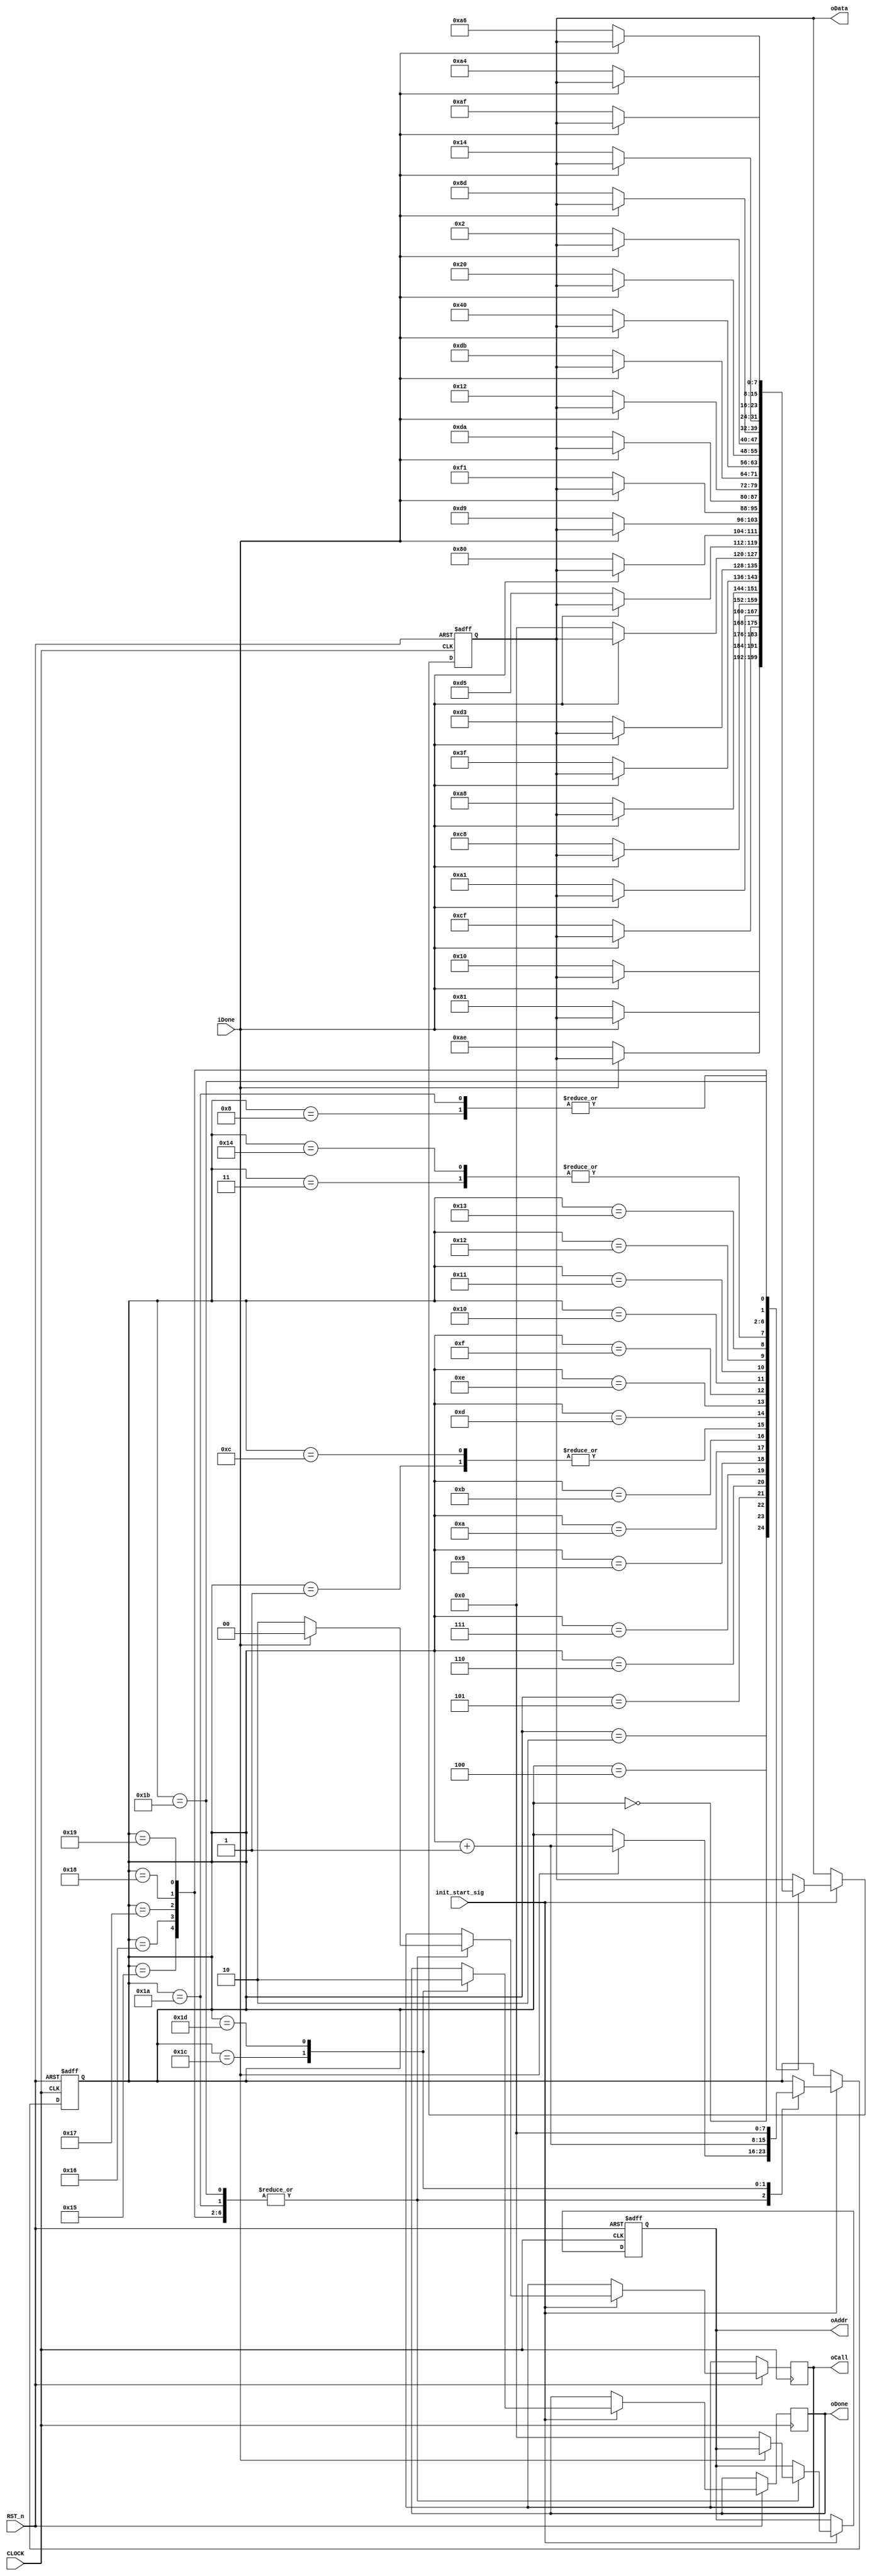
/*--------------------------------------------------------------*\
	Filename	:	initial_control_module.v
	Author		:	Cwang
	Description	:	
	Revision History	:	2017-10-116
							Revision 1.0
	Email		:	wangcp@hitrobotgroup.com
	Company		:	Micro nano institute
	Copyright(c) 2017,Micro nano institute,All right resered
\*---------------------------------------------------------------*/
module initial_control(
    input CLOCK, RST_n,	 
	 input init_start_sig,
	 output oDone,
	 output [1:0]oCall,
	 input iDone,
	 output [7:0]oAddr, oData
);	 

parameter     WR_CMD   = 8'b0000_0000;        //write_command
parameter     DATA_CMD = 8'b0100_0000;      //write_data



																																										    	
	 reg [7:0]D1,D2;
	 reg [7:0] i;
	 reg  [1:0] isCall;
	 reg isDone;
	 always @ ( posedge CLOCK or negedge RST_n )
	    if( !RST_n )
		      begin
				    D1 <= 8'd0;
					 D2 <= 8'd0;
					 i <= 8'd0;
					 //isData1 <= iData1;
					//isData2 <= iData2;
					//isData3 <= iData3;
					//isData4 <= iData4;
				end
		else if( init_start_sig )
		    case( i )
//# ========================================================================= #
//# |                                    							| #
//****************************************************************************//
				0  :
					if( iDone ) begin isCall <= 2'b00; i <= i + 1'b1; end
					else begin isCall <= 2'b10; D1 = WR_CMD;  D2 <= 8'hAE;end////	
				1  :
					if( iDone ) begin isCall <= 2'b00; i <= i + 1'b1; end
					else begin isCall <= 2'b10; D1 = WR_CMD;  D2 <= 8'h00;end//---set low column address
				2  :
					if( iDone ) begin isCall <= 2'b00; i <= i + 1'b1; end
					else begin isCall <= 2'b10; D1 = WR_CMD;  D2 <= 8'h10;end//---set high column address
				3  :
					if( iDone ) begin isCall <= 2'b00; i <= i + 1'b1; end
					else begin isCall <= 2'b10; D1 = WR_CMD;  D2 <= 8'h40;end//*set display start line*/						
				4 :
					if( iDone ) begin isCall <= 2'b00; i <= i + 1'b1; end
					else begin isCall <= 2'b10; D1 = WR_CMD;  D2 <= 8'h81;end///
				5 :
					if( iDone ) begin isCall <= 2'b00; i <= i + 1'b1; end
					else begin isCall <= 2'b10; D1 = WR_CMD;  D2 <= 8'hCF;end///
				6 :
					if( iDone ) begin isCall <= 2'b00; i <= i + 1'b1; end
					else begin isCall <= 2'b10; D1 = WR_CMD;  D2 <= 8'hA1;end///*set segment remap*/
				7 :
					if( iDone ) begin isCall <= 2'b00; i <= i + 1'b1; end//
					else begin isCall <= 2'b10; D1 = WR_CMD;  D2 <= 8'hC8;end//*set page address*/						
				8 :
					if( iDone ) begin isCall <= 2'b00; i <= i + 1'b1; end
					else begin isCall <= 2'b10;D1 = WR_CMD;  D2 <= 8'hA6; end///*normal / reverse*/
				9 :
					if( iDone ) begin isCall <= 2'b00; i <= i + 1'b1; end
					else begin isCall <= 2'b10; D1 = WR_CMD;  D2 <= 8'hA8;end///*multiplex ratio*/
				10  :
					if( iDone ) begin isCall <= 2'b00; i <= i + 1'b1;end
					else begin isCall <= 2'b10;D1 = WR_CMD;  D2 <= 8'h3f;  end///*duty = 1/32*/
				11  :
					if( iDone ) begin isCall <= 2'b00; i <= i + 1'b1; end
					else begin isCall <= 2'b10;D1 = WR_CMD;  D2 <= 8'hD3; end///*set display offset*/
				12  :
					if( iDone ) begin isCall <= 2'b00; i <= i + 1'b1; end
					else begin isCall <= 2'b10; D1 = WR_CMD;  D2 <= 8'h00;end//
				13  :
					if( iDone ) begin isCall <= 2'b00; i <= i + 1'b1; end
					else begin isCall <= 2'b10; D1 = WR_CMD;  D2 <= 8'hD5;end///*set osc division*/
				14  :
					if( iDone ) begin isCall <= 2'b00; i <= i + 1'b1; end
					else begin isCall <= 2'b10; D1 = WR_CMD;  D2 <= 8'h80;end//
				15  :
					if( iDone ) begin isCall <= 2'b00; i <= i + 1'b1; end
					else begin isCall <= 2'b10; D1 = WR_CMD;  D2 <= 8'hD9;end///*set pre-charge period*/
				16  :
					if( iDone ) begin isCall <= 2'b00; i <= i + 1'b1;end
					else begin isCall <= 2'b10; D1 = WR_CMD;  D2 <= 8'hf1; end//
				17  :
					if( iDone ) begin isCall <= 2'b00; i <= i + 1'b1; end
					else begin isCall <= 2'b10; D1 = WR_CMD;  D2 <= 8'hDA;end///*set COM pins*/
				18  :
					if( iDone ) begin isCall <= 2'b00; i <= i + 1'b1; end
					else begin isCall <= 2'b10; D1 = WR_CMD;  D2 <= 8'h12;end//
				19  :
					if( iDone ) begin isCall <= 2'b00; i <= i + 1'b1; end
					else begin isCall <= 2'b10; D1 = WR_CMD;  D2 <= 8'hdb;end///*set vcomh*/
				20  :
					if( iDone ) begin isCall <= 2'b00; i <= i + 1'b1; end
					else begin isCall <= 2'b10; D1 = WR_CMD;  D2 <= 8'h40;end//
				21  :
					if( iDone ) begin isCall <= 2'b00; i <= i + 1'b1; end
					else begin isCall <= 2'b10; D1 = WR_CMD;  D2 <= 8'h20;end///*set charge pump enable*/
				22  :
					if( iDone ) begin isCall <= 2'b00; i <= i + 1'b1;end
					else begin isCall <= 2'b10; D1 = WR_CMD;  D2 <= 8'h02; end//8d 14 a4 a6		
				23  :
					if( iDone ) begin isCall <= 2'b00; i <= i + 1'b1; end//
					else begin isCall <= 2'b10; D1 = WR_CMD;  D2 <= 8'h8d;end///*Com scan direction*/
				24  :
					if( iDone ) begin isCall <= 2'b00; i <= i + 1'b1; end//
					else begin isCall <= 2'b10; D1 = WR_CMD;  D2 <= 8'h14;end///*Com scan direction*/
				25  :
					if( iDone ) begin isCall <= 2'b00; i <= i + 1'b1; end//
					else begin isCall <= 2'b10; D1 = WR_CMD;  D2 <= 8'ha4;end///*Com scan direction*/	
				26  :
					if( iDone ) begin isCall <= 2'b00; i <= i + 1'b1; end//
					else begin isCall <= 2'b10; D1 = WR_CMD;  D2 <= 8'ha6;end///*Com scan direction*/														
				27  :
					if( iDone ) begin isCall <= 2'b00; i <= i + 1'b1; end
					else begin isCall <= 2'b10;D1 = WR_CMD;  D2 <= 8'haf; end///*display ON*/
				28  :
					begin isDone <= 1'b1; i <= i + 1'b1; end
					 
				29  :
					begin isDone <= 1'b0; i <= 8'd0; end						
//# ==========			=============================================================== #
//# |         					                 							| #
//************			****************************************************************//
				

			endcase
	  
	  assign oDone = isDone;
	  assign oCall = isCall;
	  assign oAddr = D1;
	  assign oData = D2;

endmodule